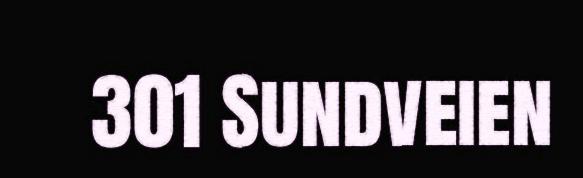
301 Sundveien